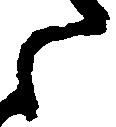
之